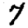
Digit: 7